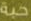
حبة